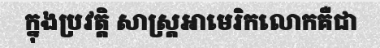
ក្នុងប្រវត្តិ សាស្ត្រអាមេរិកលោកគឺជា